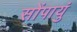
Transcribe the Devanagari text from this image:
सोंपायुं